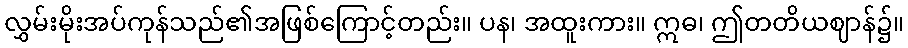
လွှမ်းမိုးအပ်ကုန်သည်၏အဖြစ်ကြောင့်တည်း။ ပန၊ အထူးကား။ ဣဓ၊ ဤတတိယဈာန်၌။